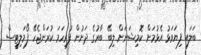
ބަލައި ފިޔަވަޅު އެޅުމަށް ކޮމިޝަނަށް ލިބޭ ބާރުގެ ދަށުން ފުރިހަމަ ކުރަންޖެހޭ ފޯމަލިޓީސް